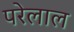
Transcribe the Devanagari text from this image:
परेलाल